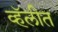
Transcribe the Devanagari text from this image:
व्हॅलीत